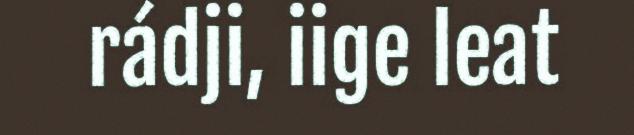
rádji, iige leat